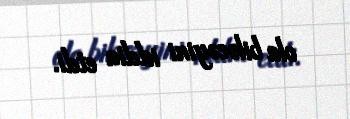
ola biləcəyini iddia etdi.